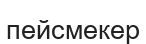
пейсмекер